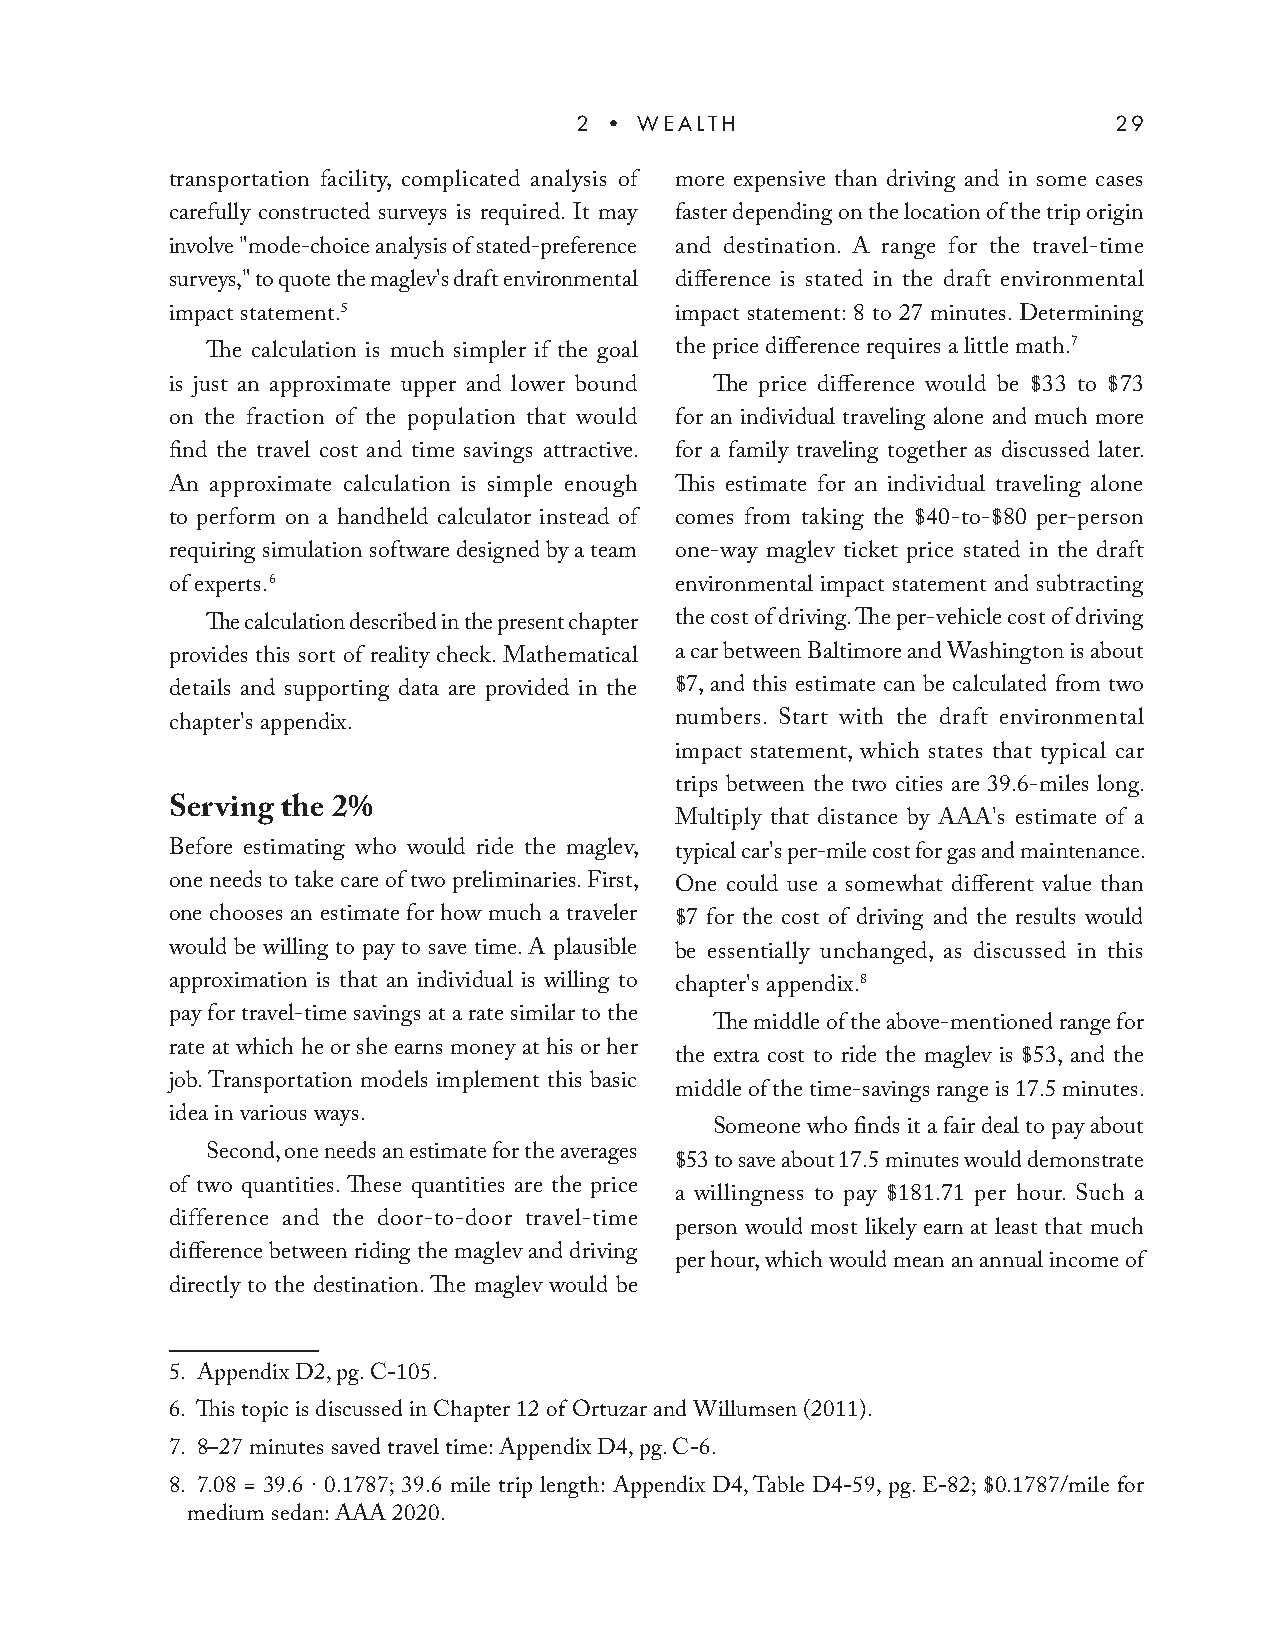
2 • WEALTH                          29
 transportation facility, complicated analysis of more expensive than driving and in some cases
 carefully constructed surveys is required. It may faster depending on the location of the trip origin
 involve "mode-choice analysis of stated-preference and destination. A range for the travel-time
 surveys," to quote the maglev's draft environmental difference is stated in the draft environmental
 impact statement.5                impact statement: 8 to 27 minutes. Determining
 The calculation is much simpler if the goal the price difference requires a little math.7
 is just an approximate upper and lower bound The price difference would be $33 to $73
 on the fraction of the population that would for an individual traveling alone and much more
 find the travel cost and time savings attractive. for a family traveling together as discussed later.
 An approximate calculation is simple enough This estimate for an individual traveling alone
 to perform on a handheld calculator instead of comes from taking the $40-to-$80 per-person
 requiring simulation software designed by a team one-way maglev ticket price stated in the draft
 of experts.6                      environmental impact statement and subtracting
 The calculation described in the present chapter the cost of driving. The per-vehicle cost of driving
 provides this sort of reality check. Mathematical a car between Baltimore and Washington is about
 details and supporting data are provided in the $7, and this estimate can be calculated from two
 chapter's appendix.               numbers. Start with the draft environmental
 impact statement, which states that typical car
 trips between the two cities are 39.6-miles long.
 Serving the 2%
 Multiply that distance by AAA's estimate of a
 Before estimating who would ride the maglev, typical car's per-mile cost for gas and maintenance.
 one needs to take care of two preliminaries. First, One could use a somewhat different value than
 one chooses an estimate for how much a traveler $7 for the cost of driving and the results would
 would be willing to pay to save time. A plausible be essentially unchanged, as discussed in this
 approximation is that an individual is willing to chapter's appendix.8
 pay for travel-time savings at a rate similar to the
 The middle of the above-mentioned range for
 rate at which he or she earns money at his or her
 the extra cost to ride the maglev is $53, and the
 job. Transportation models implement this basic
 middle of the time-savings range is 17.5 minutes.
 idea in various ways.
 Someone who finds it a fair deal to pay about
 Second, one needs an estimate for the averages
 $53 to save about 17.5 minutes would demonstrate
 of two quantities. These quantities are the price
 a willingness to pay $181.71 per hour. Such a
 difference and the door-to-door travel-time
 person would most likely earn at least that much
 difference between riding the maglev and driving
 per hour, which would mean an annual income of
 directly to the destination. The maglev would be
 5. Appendix D2, pg. C-105.
 6. This topic is discussed in Chapter 12 of Ortuzar and Willumsen (2011).
 7. 8–27 minutes saved travel time: Appendix D4, pg. C-6.
 8. 7.08 = 39.6 · 0.1787; 39.6 mile trip length: Appendix D4, Table D4-59, pg. E-82; $0.1787/mile for
 medium sedan: AAA 2020.